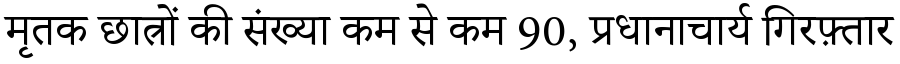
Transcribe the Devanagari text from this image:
मृतक छात्रों की संख्या कम से कम 90, प्रधानाचार्य गिरफ़्तार